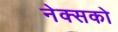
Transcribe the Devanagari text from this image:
नेक्सको